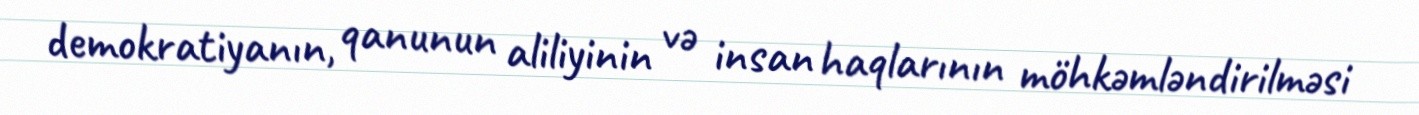
demokratiyanın, qanunun aliliyinin və insan haqlarının möhkəmləndirilməsi